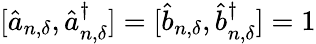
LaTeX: [\hat{a}_{n,{\delta}},\hat{a}_{n,{\delta}}^{\dagger}]=[\hat{b}_{n,{\delta}},\hat{b}_{n,{\delta}}^{\dagger}]=1